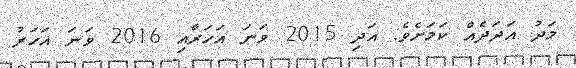
މަދު އަދަދެއް ކަމަށެވެ. އަދި 2015 ވަނަ އަހަރާއި 2016 ވަނަ އަހަރު